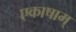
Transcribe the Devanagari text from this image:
एकाषाम्